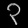
Digit: ၃